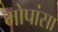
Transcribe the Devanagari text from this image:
मोपांसा